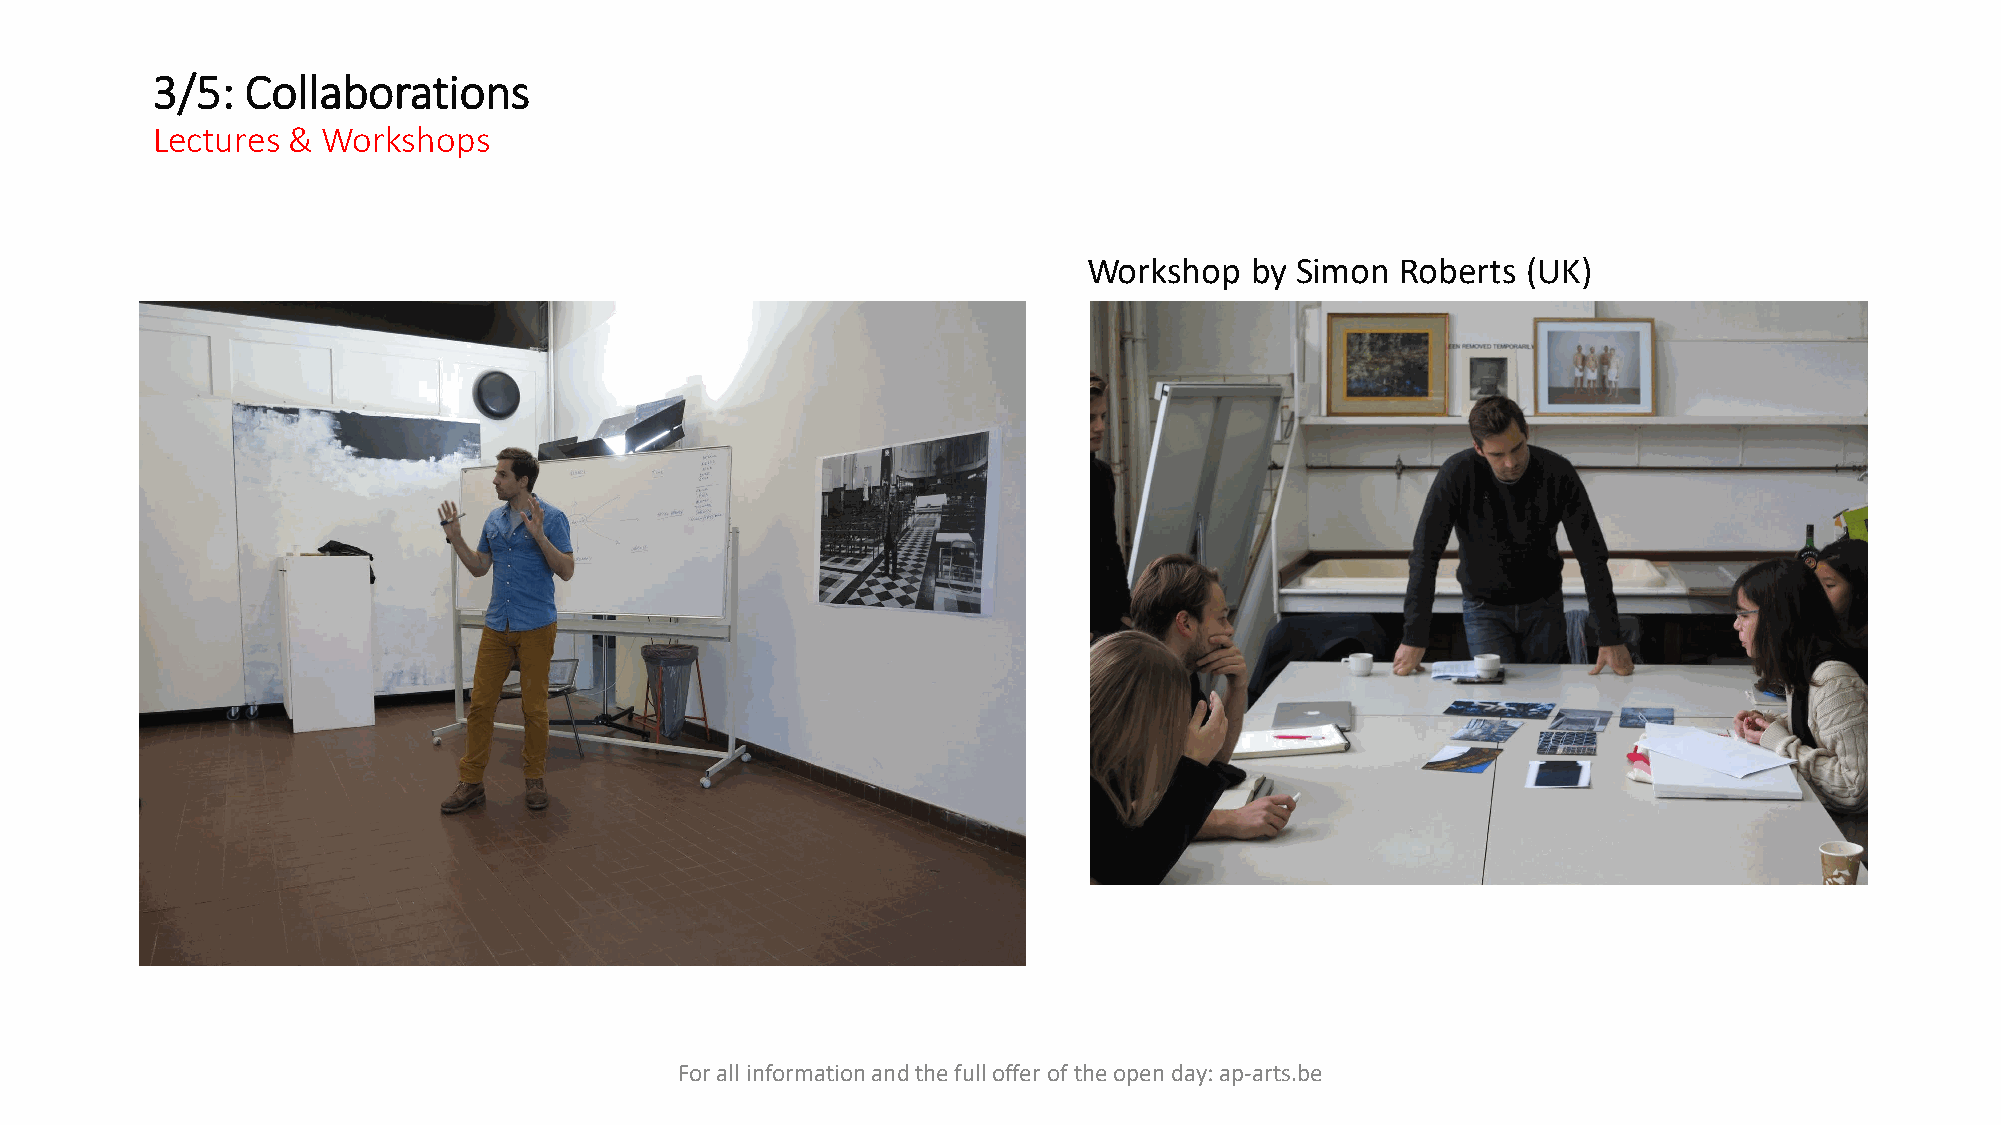
3/5:  Collaborations
 Lectures & Workshops
 Workshop   by Simon  Roberts (UK)
 For all information and the full offer of the open day: ap-arts.be